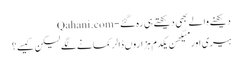
دیکھنے والے بھی دیکھتے ہی رہ گئے - Qahani.com
ہیری اور میگھن یکدم ہزاروں ڈالر کمانے لگے لیکن کیسے؟